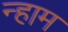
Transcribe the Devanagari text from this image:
न्हाम